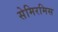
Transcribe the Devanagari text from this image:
सेमिरमिस